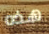
هذه